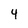
Character: 4